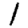
Digit: 1